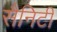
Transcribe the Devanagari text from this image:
सैनिटी